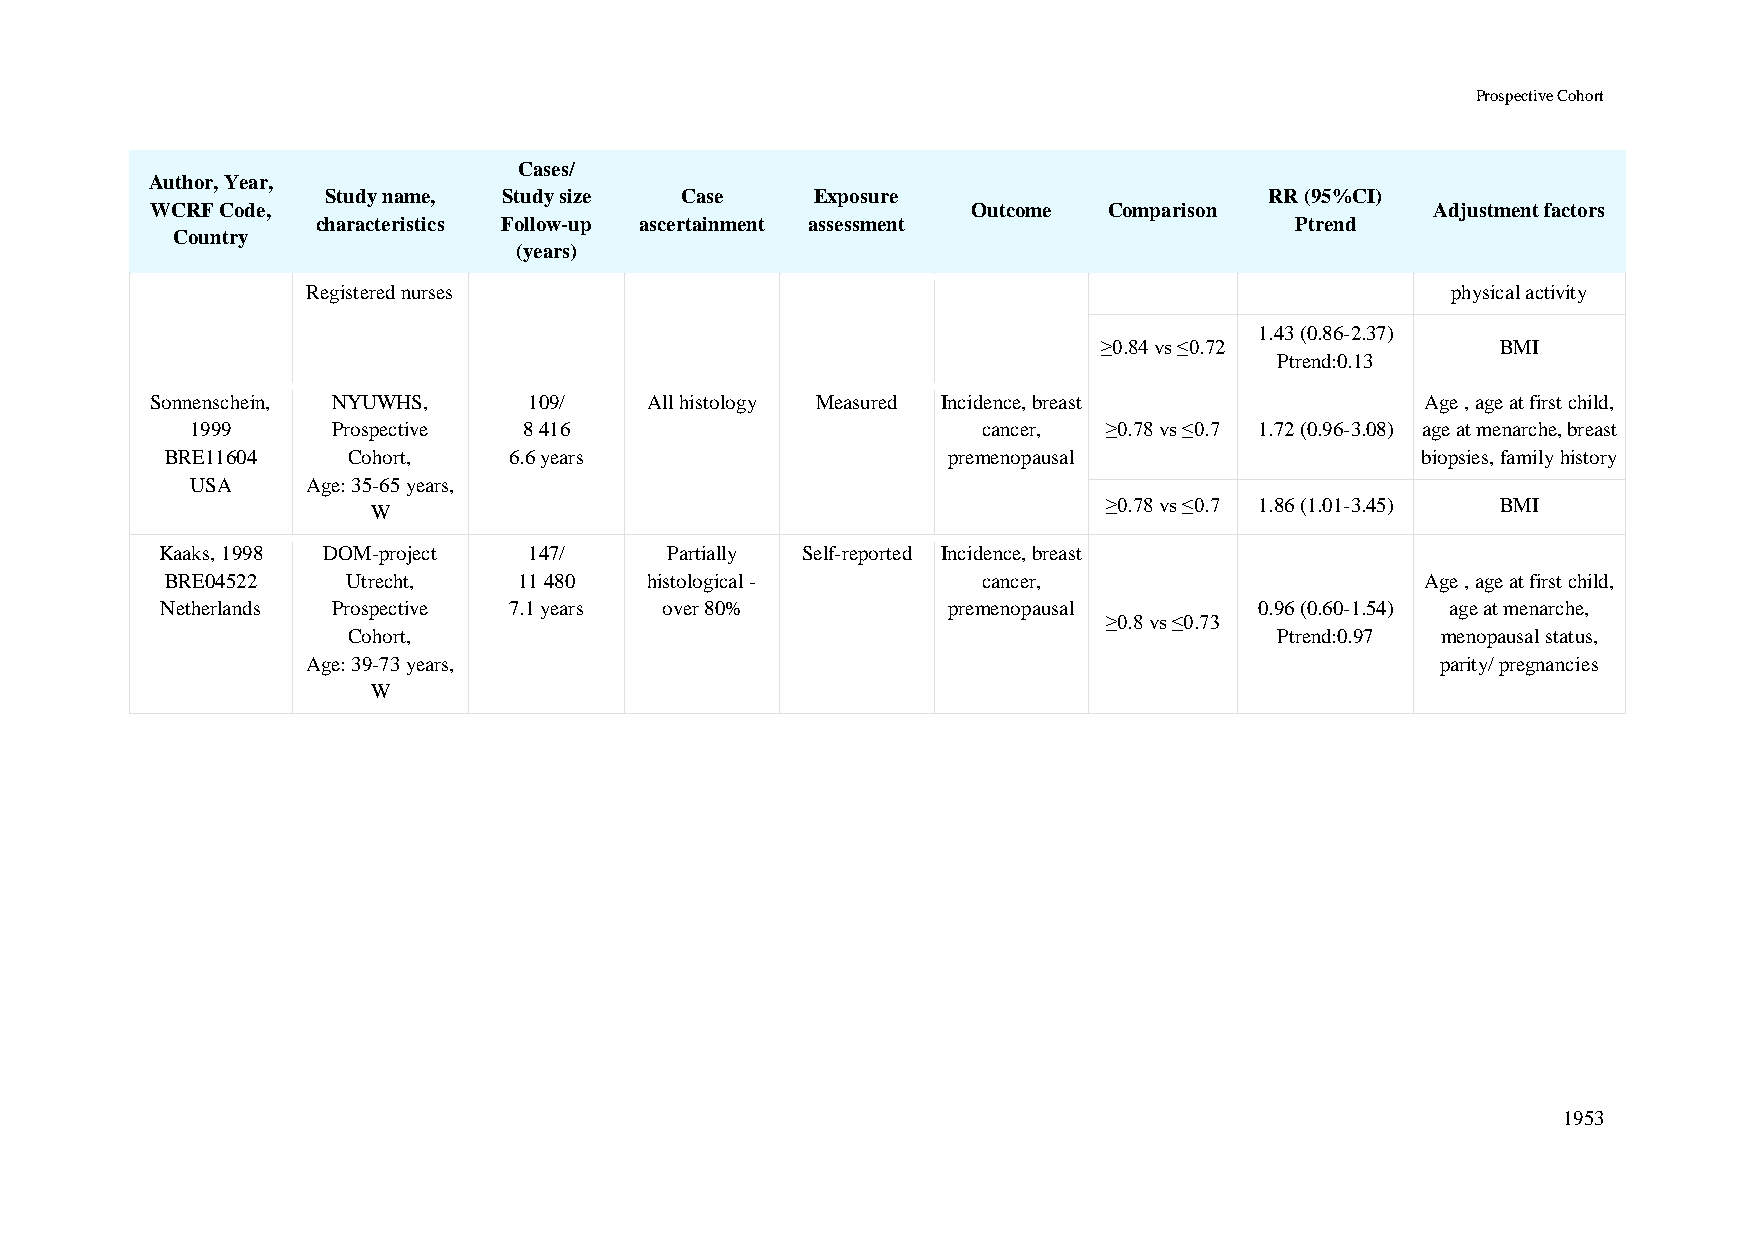
Prospective Cohort
 Cases/
 Author, Year,
 Study name, Study size  Case     Exposure                      RR (95%CI)
 WCRF Code,                                            Outcome  Comparison            Adjustment factors
 characteristics Follow-up ascertainment assessment               Ptrend
 Country
 (years)
 Registered nurses                                                           physical activity
 1.43 (0.86-2.37)
 ≥0.84 vs ≤0.72            BMI
 Ptrend:0.13
 Sonnenschein, NYUWHS,    109/    All histology Measured Incidence, breast           Age , age at first child,
 1999     Prospective  8 416                         cancer, ≥0.78 vs ≤0.7 1.72 (0.96-3.08) age at menarche, breast
 BRE11604    Cohort,    6.6 years                    premenopausal                  biopsies, family history
 USA    Age: 35-65 years,
 ≥0.78 vs ≤0.7 1.86 (1.01-3.45) BMI
 W
 Kaaks, 1998 DOM-project 147/     Partially Self-reported Incidence, breast
 BRE04522    Utrecht,   11 480   histological -        cancer,                      Age , age at first child,
 Netherlands Prospective 7.1 years over 80%          premenopausal       0.96 (0.60-1.54) age at menarche,
 ≥0.8 vs ≤0.73
 Cohort,                                                       Ptrend:0.97 menopausal status,
 Age: 39-73 years,                                                          parity/ pregnancies
 W
 1953